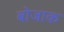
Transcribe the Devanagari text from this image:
बोजाक